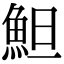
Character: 䱇